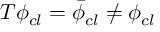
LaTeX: T \phi _ { c l } = \bar { \phi } _ { c l } \neq \phi _ { c l }